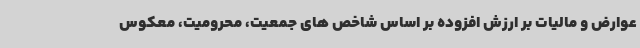
عوارض و مالیات بر ارزش افزوده بر اساس شاخص های جمعیت، محرومیت، معکوس